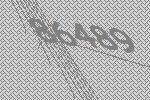
86489